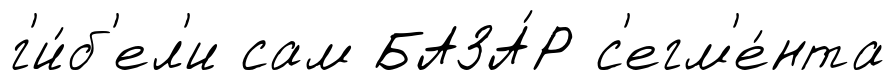
г'и́б'ел'и сам БАЗА́Р с'егм'е́нта